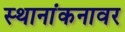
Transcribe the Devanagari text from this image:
स्थानांकनावर